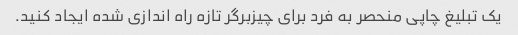
یک تبلیغ چاپی منحصر به فرد برای چیزبرگر تازه راه اندازی شده ایجاد کنید.